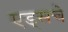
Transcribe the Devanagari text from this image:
एड्‌सचे